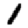
Digit: 1